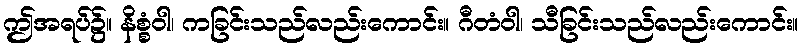
ဤအရပ်၌။ နိစ္စံဝါ၊ ကခြင်းသည်လည်းကောင်း။ ဂီတံဝါ၊ သီခြင်းသည်လည်းကောင်း။